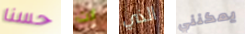
حسنا أتت الذي يمكنني